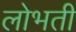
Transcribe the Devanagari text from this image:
लोभती